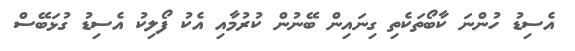
އެސިޑު ހުންނަ ކާބޯތަކެތި ގިނައިން ބޭނުން ކުރުމާއި އެކު ފޯލިކު އެސިޑު ގުޅަބޭސް